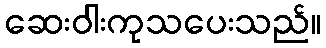
ဆေးဝါးကုသပေးသည်။